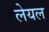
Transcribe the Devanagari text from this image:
लेयल